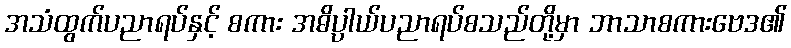
အသံထွက်ပညာရပ်နှင့် စကား အဓိပ္ပါယ်ပညာရပ်စသည်တို့မှာ ဘာသာစကားဗေဒ၏